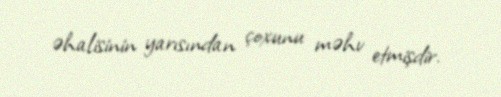
əhalisinin yarısından çoxunu məhv etmişdir.